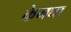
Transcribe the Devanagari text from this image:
केमघा